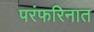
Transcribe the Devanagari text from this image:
परंफरिनात